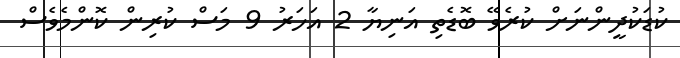
ކުޑަކުދީންނަށް ކުރެވޭ ބޮޑެތި އަނިޔާ 2 އަހަރު 9 މަސް ކުރިން ކޮންމެވެސް